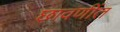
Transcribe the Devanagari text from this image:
छावणींत